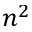
n ^ { 2 }